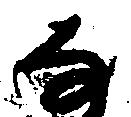
な